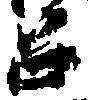
召